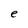
Character: e